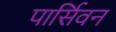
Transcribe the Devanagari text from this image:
पार्सिवन